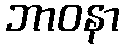
ဘာဝနာ